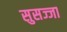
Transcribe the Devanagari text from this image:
सुसज्जा